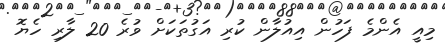
މިއީ އެންމެ ފަހުން އިއުލާން ކުރި އަގުތަކަށް ވުރެ 20 ލާރި ހެޔޮ